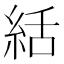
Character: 絬